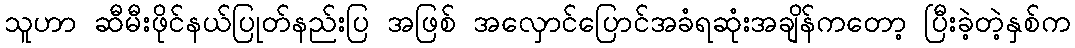
သူဟာ ဆီမီးဖိုင်နယ်ပြုတ်နည်းပြ အဖြစ် အလှောင်ပြောင်အခံရဆုံးအချိန်ကတော့ ပြီးခဲ့တဲ့နှစ်က